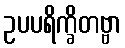
ဥပပရိက္ခိတဗ္ဗာ